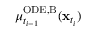
\mu _ { t _ { i - 1 } } ^ { \mathrm { O D E , B } } ( \mathbf { x } _ { t _ { i } } )